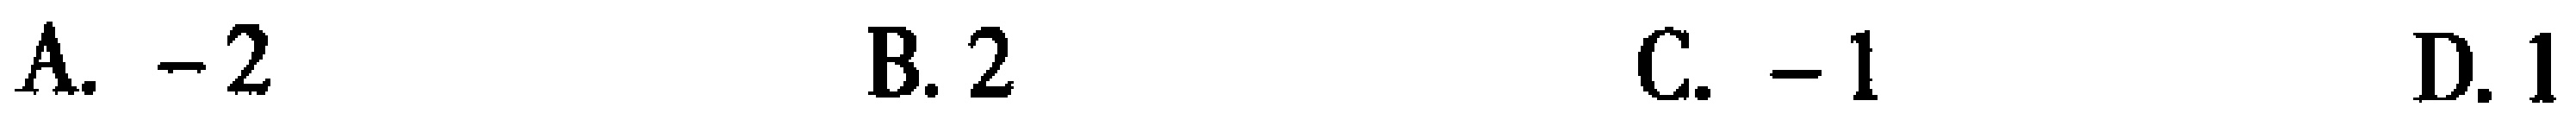
A. \(-2\)  B. \(2\)  C. \(-1\)  D. \(1\)